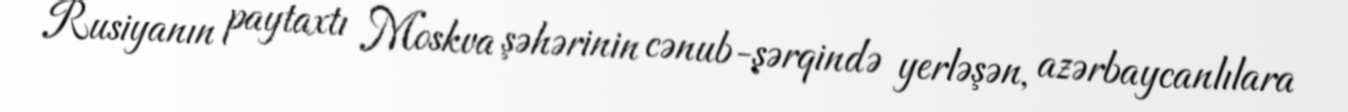
Rusiyanın paytaxtı Moskva şəhərinin cənub-şərqində yerləşən, azərbaycanlılara